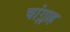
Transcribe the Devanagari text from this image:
चांग्लाह